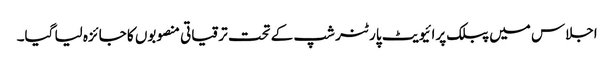
اجلاس میں پبلک پرائیویٹ پارٹنر شپ کے تحت ترقیاتی منصوبوں کا جائزہ لیا گیا۔